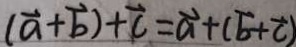
( \overrightarrow { a } + \overrightarrow { b } ) + \overrightarrow { c } = \overrightarrow { a } + ( \overrightarrow { b } + \overrightarrow { c } )